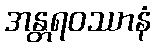
အန္တရဝဿာနံ